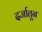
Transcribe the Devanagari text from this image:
दर्जातून